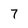
Character: 7